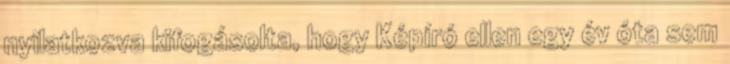
nyilatkozva kifogásolta, hogy Képíró ellen egy év óta sem